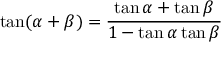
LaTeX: \tan ( \alpha + \beta ) = { \frac { \tan \alpha + \tan \beta } { 1 - \tan \alpha \tan \beta } }